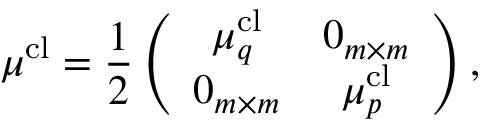
\boldsymbol { \mu } ^ { \mathrm { c l } } = \frac { 1 } { 2 } \left( \begin{array} { c c } { \boldsymbol { \mu } _ { q } ^ { \mathrm { c l } } } & { \boldsymbol { 0 } _ { m \times m } } \\ { \boldsymbol { 0 } _ { m \times m } } & { \boldsymbol { \mu } _ { p } ^ { \mathrm { c l } } } \end{array} \right) ,